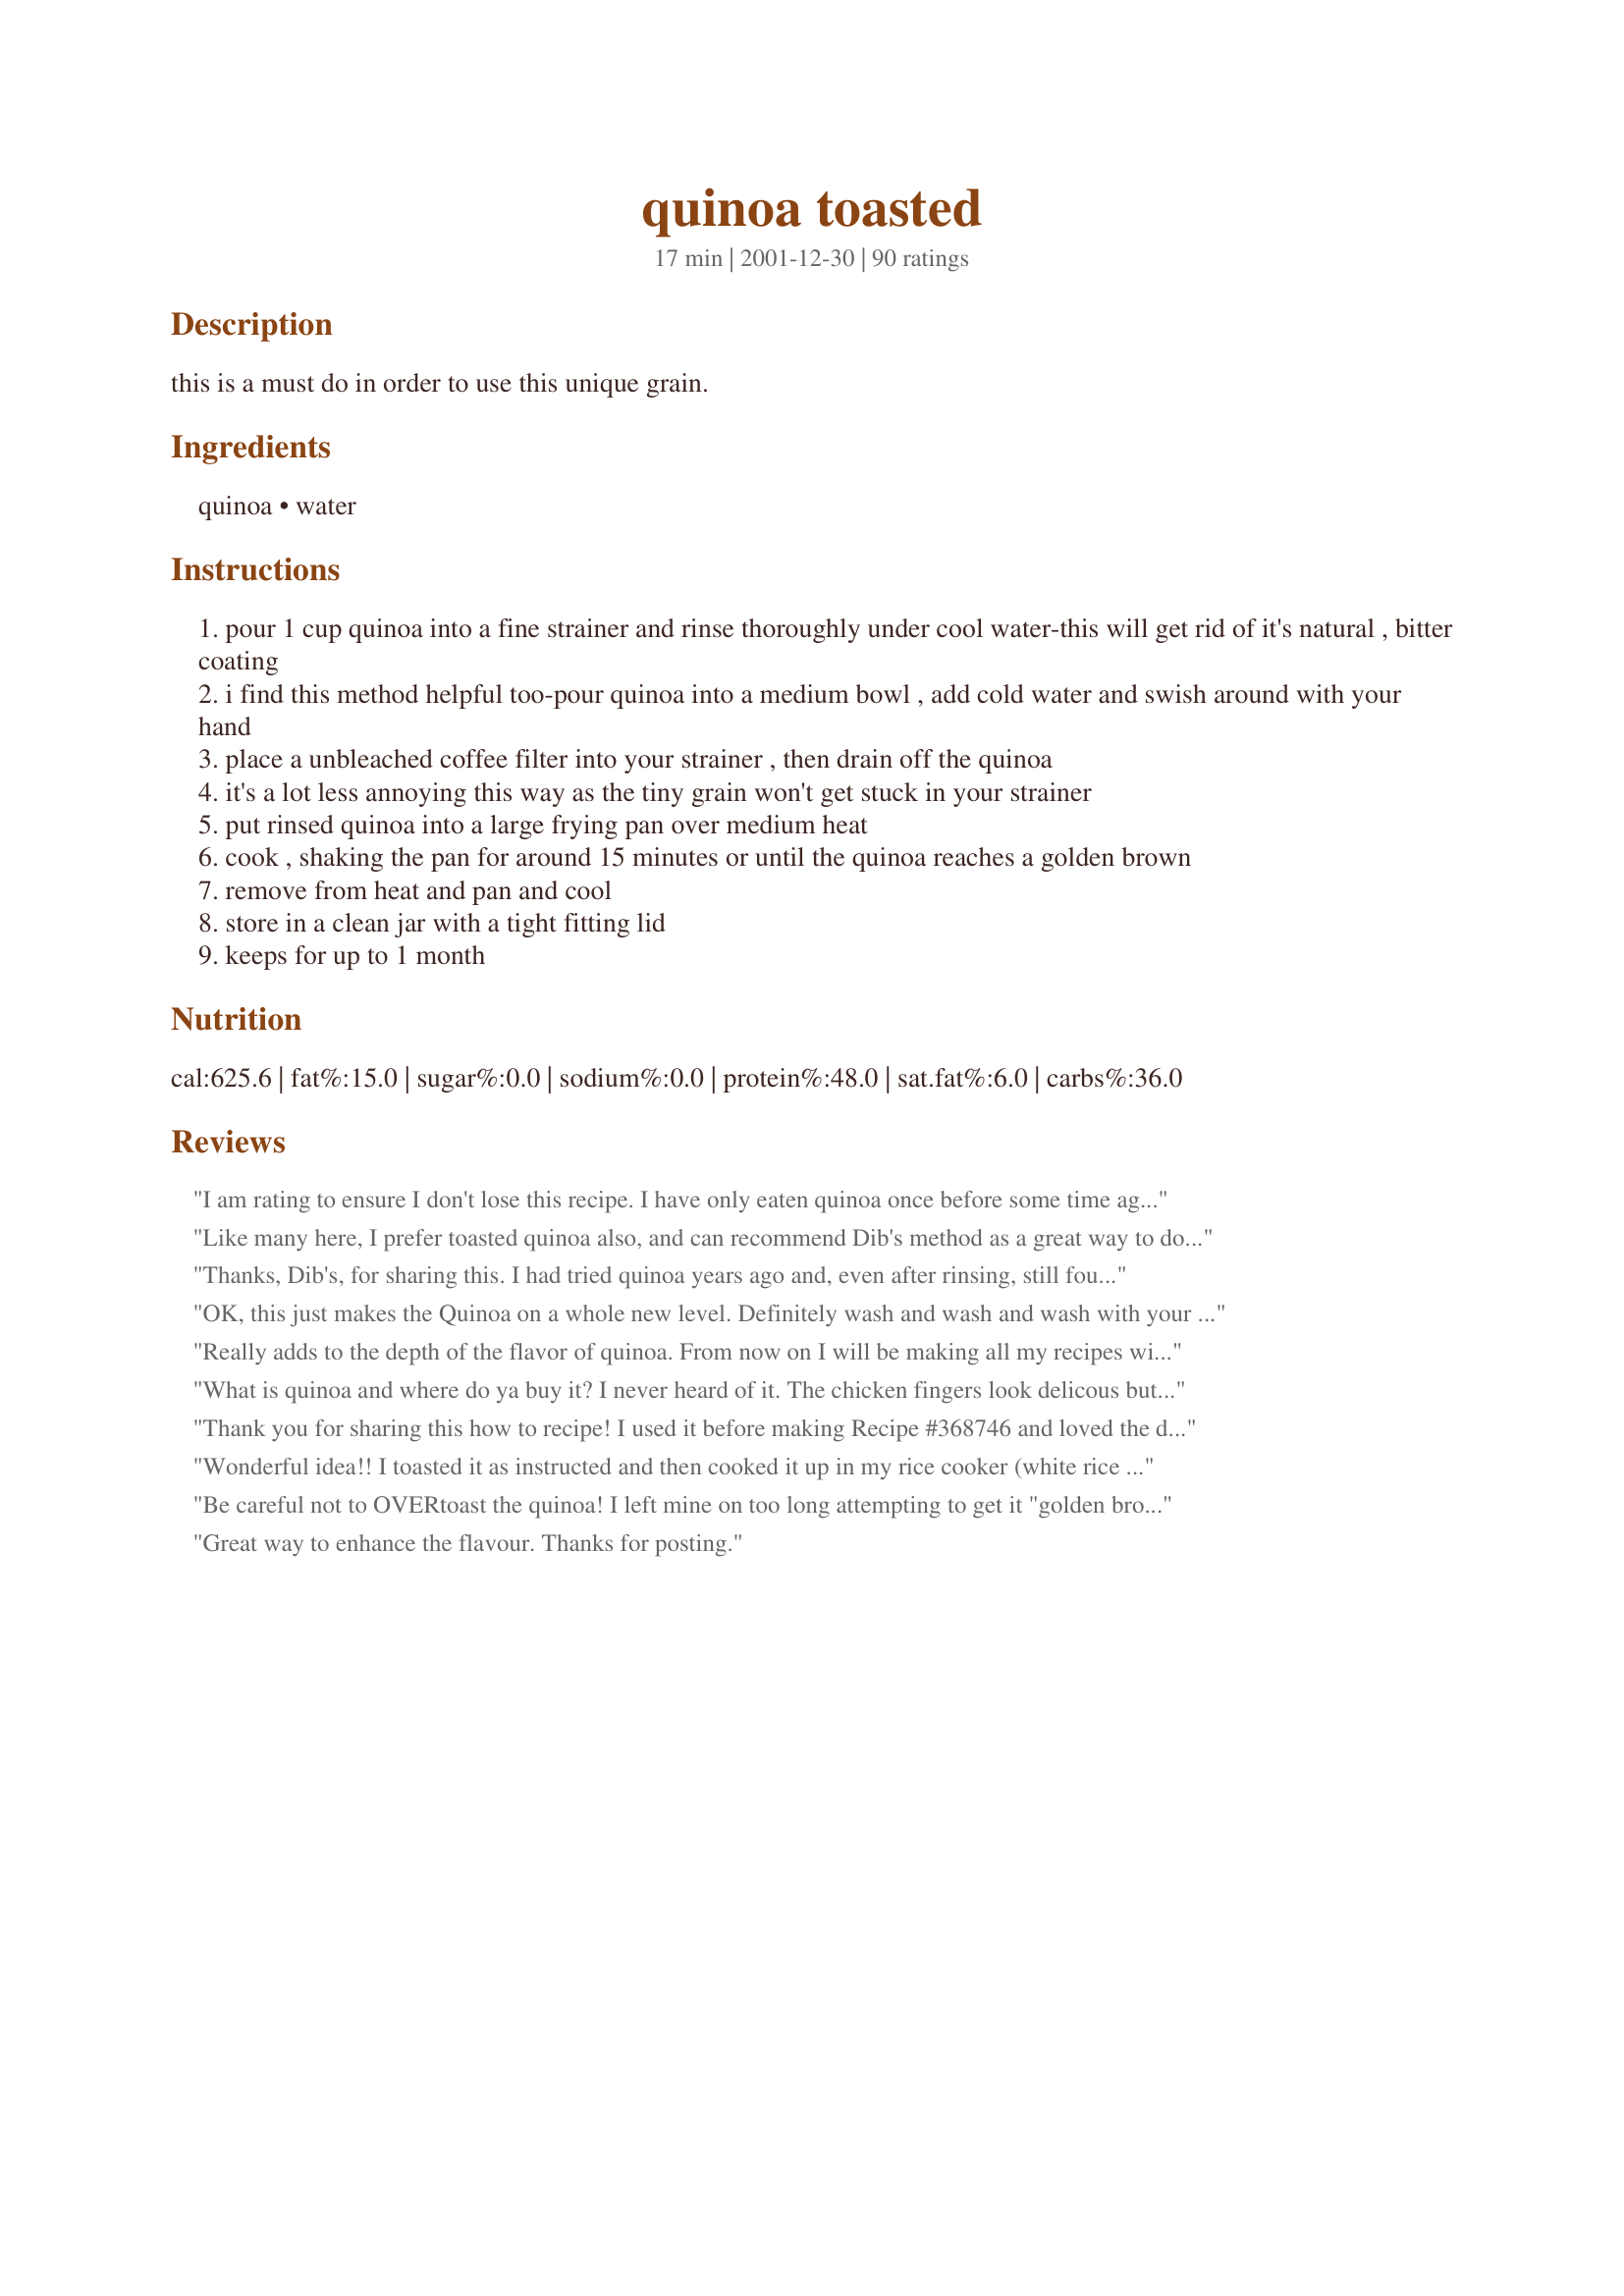
quinoa toasted
Preparation time: 17 minutes

this is a must do in order to use this unique grain.

Ingredients:
quinoa, water

Steps:
pour 1 cup quinoa into a fine strainer and rinse thoroughly under cool water-this will get rid of it's natural , bitter coating
i find this method helpful too-pour quinoa into a medium bowl , add cold water and swish around with your hand
place a unbleached coffee filter into your strainer , then drain off the quinoa
it's a lot less annoying this way as the tiny grain won't get stuck in your strainer
put rinsed quinoa into a large frying pan over medium heat
cook , shaking the pan for around 15 minutes or until the quinoa reaches a golden brown
remove from heat and pan and cool
store in a clean jar with a tight fitting lid
keeps for up to 1 month

Reviews:
I am rating to ensure I don't lose this recipe. I have only eaten quinoa once before some time ago but I do think I recall a bitterness. Will be cooking this up for a cheesey bite recipe that is cooked up in muffin tin
Like many here, I prefer toasted quinoa also, and can recommend Dib's method as a great way to do it, also. What I MOST appreciate about this recipe post, though, is the coffee filter tip for a fuss-free way to strain washed/rinsed quinoa! Reading that was a head-thumping &quot;Duh!, how did that never occur to me?&quot; moment! I don't happen to use that type of filter for making coffee, but have bought them to put in the bottom of pots when planting flowers to help keep the soil neatly in pots while allowing excess water to drain. Sometimes the obvious can become quite elusive. I've already purchased more coffee filters to use for quinoa, and will waste not a second more searching for an ideal, fine-mesh quinoa strainer, since a coffee filter will perfectly transform one I already have to work well for that purpose. Thanks so much for that wonderful tip!!! I'm sure that solution would have continued to elude me, had I not happened upon it in your post!
Thanks, Dib's, for sharing this. I had tried quinoa years ago and, even after rinsing, still found it to bitter for us to really 'like' and implement into our diet. I wanted to use some of this ancient grain in Zaar World Tour 7, and remembered I'd seen this technique, so I rinsed and then toasted the grain, as per your instructions. Well, it's made all the difference in the world! I made 2 different salads today using the toasted grain and they were both so well-received by my family. Thank you for making this more accessible to us. :-)
OK, this just makes the Quinoa on a whole new level. Definitely wash and wash and wash with your hands in a sieve rubbing it between your fingers to remove any bitter coating. I will always use my quinoa toasted from now on.
Really adds to the depth of the flavor of quinoa. From now on I will be making all my recipes with toasted quinoa.
What is quinoa and where do ya buy it? I never heard of it. The chicken fingers look delicous but I don't know what the stuff is and where I can buy it.
Thank you for sharing this how to recipe! I used it before making Recipe #368746 and loved the difference to the quinoa.
Wonderful idea!! I toasted it as instructed and then cooked it up in my rice cooker (white rice setting) and it was the best quinoa I've ever made. Thanks so much for the great tip!
Be careful not to OVERtoast the quinoa! I left mine on too long attempting to get it "golden brown" and it tasted like burned nuts. LOL. I'll be more careful next time! Thanks for sharing! :)
Great way to enhance the flavour. Thanks for posting.
I have used this toasting method twice now, both times with great success in salad recipes. I even love the taste of the crunchy just-popped grains, and am thinking that these might be good simply sprinkled on food for crunch.
I can't give this any stars (as I haven't tried it yet), but I noticed from a lot of the reviews that people were getting a bitter taste by cooking their quinoa without this method...? I wanted to mention that I buy Bob's Red Mill organic whole grain quinoa at Costco, and it says right on the package that it has been "thoroughly rinsed and air dried to remove the bitter saponins, so it can be used without rinsing". I was at Sam's Club the other day too, and I checked a bag of quinoa they sell there (also organic), and it said it had been rinsed as well. I don't rinse before I cook my Bob's RM, and it always tastes great. Maybe it's just the organic ones that rinse it first before selling it in stores. I don't know. Regardless, I do still plan to try your method of toasting, to add another depth of flavor to the quinoa. UPDATE 12/7/10: I was looking for a way to jazz up my quinoa, and I came back across this recipe/method. WOW, does it ever change the texture and flavor for the better! My quinoa started to smell like, hmm... popcorn-y almost, and I was worried I overtoasted it, but it came out really good. I was seriously thinking of finding random recipes to just use up my quinoa and just buy whole grain couscous after that, but this method has pulled me back in! I can definitely say I am a quinoa fan, and I will be using this method again and again. Thank you for posting it!
Genius! Really brings out the flavor.
This worked well. It's my first time making quinoa. I did this in preparation for recipe #121064. I don't think that I rinsed it enough, I MIGHT taste a bit of bitterness, but then again, I have a feeling it's all in my head. :-) Next time I will rinse even longer and see if I taste a hint or not. Thanks for the instructions!!
Here's another person not knowing you were to rinse quinoa. DH loves the stuff I don't really care for it, rinsed or not. This was so easy to do. Thanks DiB's for giving out this information to all us uninformed cooks. :)
This was my first time making quinoa. Even though the bag said it was already pre-rinsed, I rinsed it anyway. Toasting it really made a difference. The nutty flavor and healthy nature of this grain is going to give me an incentive to cook it again and again. I made pilaf with this batch but can&#039;t wait to be creative and use it in other recipes. Thanks so much for posting.
Great, simple idea--it works for rice and pasta, this too.
Thank you for saving my "never going to eat it again" frame of mind. I did this and OMG it was DA BOMB. My kids ate it-and liked it! and so did my husband. I never thought I would see the day. Thank you Thank you Thank you!
Thanks for sharing - I toast my orzo before cooking it too. I liked this technique on the quinoa as well, giving it that little extra nutty flavor.
This is a must do everytime for quinoa.
I love Quinoa, but never thought to toast it. One suggestion though. When you are rinsing the quinoa, save the rinse water. Pour it into a spray bottle and you have an organic liquid that repells insects. Use it on your vegetable plants. I wouldn't recommend using it on culinary herbs though as it could affect the taste. The coating of the quinoa, saponin, a resin-like substance is extremely bitter and forms a soapy solution in water.
I prepared and tried quinoa for the first time today, and am grateful that I found these instructions on how to toast it before cooking it. I don't know how quinoa tastes when it is not toasted, but I found it delicious and full of a nut-like flavour after being toasted and cooked. Thank you!
Easy peasy. Adds lots of flavor. I also used this before making Recipe#368746. Thanks DiB's for sharing.
Love the nutty aroma this has when toasting. Thanks for posting!
I used cheesecloth to rinse the quinoa and only needed about 10 mins to toast it. After cooking, it tasted just like how I had it abroad! Thanks!
I will use this method from now on when I make quinoa. I used it for Recipe #336900.
WOW!! :) Really does make all the difference in the world. Has such a beautiful flavor without the bitterness. I'm now in love with this grain and even my kids love it! Thanks for sharing, this is absolutely 5 STAR's!!!
Gives quinoa great depth of flavor and takes away any bitterness. It smells great while its toasting...
the best! you'll swear you added butter or chicken broth because the flavor is so rich and complex.... it should be noted that to cook the quinoa you should use two cups water to one cup quinoa. add salt to the boiling water. simmer with lid on for twenty minutes. remove lid and remove from heat, let cool for five minutes. could not be more simple or delicious!
I'm going to rate this later. Just wanted to thank you for posting this. I just tried quinoa last night for the first time. Using quinoa in place of rice as I'm told it's a protein not a carb. A friend told me to just wash, put in rice cooker with 1:2 ratio with water. It had a rather strong smell (compared to rice) so it's going to take getting use to. I hope toasting it will help. Thank you again.
Very easy and turned out great! Thanks for posting.
I'm still introducing myself to cooking with quinoa....so far we are enjoying it much more than the empty carbs of plain white rice! Toasting it really does add a nice flavor. Thanks!!
Used the recipe for Recipe#103775#103775. I did followed the instructions completely and the recipe turned out wonderful. Thank you.
Great idea! Made for a wonderful flavor. Thanks for posting.
I was putting together my 'Best of 2010' and realized I never got around to rating this. Well, just another 5* review here to add to the pot. I always do this with my quinoa now and thank you for turning me on to the method! I guess this will be in best of 2011 now. :)
Fantastic! Do not know why I never reviewed this before as I have been toasting my quinoa every since I came across this recipe about a year ago. Toasting the quinoa improves both the flavor and texture so much. All I can say is thank you, thank you, thank you.
Great technique. I plan to use it more often. The difference in taste is definitely noticeable.
I've already made quinoa without this method and this way it's even better. Thanks Dib's :) Made for Healthy Tag
This makes a HUGE difference...I now understand why quinoa I made at home tasted like bird seed and I loved it in restaurants and when someone else prepared it. You can smell and see when it's done toasting...mmm.
This is an excellent way to remember how to get your quinoa ready to use. Especially the washing it part. It's nasty if you don't. Toasting it makes it even better. Thanks for posting this.
Gives a lovely nutty taste to the quinoa..thanks for the idea!
Absolutely THE way to use quinoa! Wash, wash, wash and then toast and perfection!! I will toast my quinoa from now on!!
I tried this and it really did make a difference! I agree with the rater who said it starts to smell like popcorn when it's getting nice and toasty!! Thanks for posting--I'm just starting to make recipes with Quinoa....which I still can't stop thinking is quin-oh-ah instead of keen-wa (the proper pronunciation)!!
Perfect. This recipe was super easy to follow. First time I tried quinoa, I didn't like it. But I didn't know about this recipe then. So I thought I would give it another go. I used the toasted quinoa in Recipe #4056. It is LOVELY. The quinoa doesn't taste bitter at all. Thank you for posting this! I can finally enjoy quinoa!
That was fun! I rinsed the quinoa and toasted for exactly 15 minutes. I&#039;m loving the taosty smell and hope that this will take me from a Quinoa &#039;meh&#039; to an &#039;OH BOY QUINOA!&#039; Made for Culinary Quest 2014
What a great, ingenious idea! Thanks so much for sharing, my first experience with quinoa has been heavenly!
This makes all the difference in the world! Thanks for posting!
I buy my quinoa at Costco, I&#039;ve never rinsed it because it says on the package that it&#039;s already been done, I&#039;ve never had a problem with it tasting bitter. This was, however, my first time toasting it, and I was really pleased. It tastes wonderful! BTW, I cooked the quinoa in my homemade chicken broth for extra flavor. This is the way I will make it from now on. Very good! Thank you!
I have never made Quinoa before. I followed your toastng instructions and then a fruited recipe from a Cooking Light book. It was sooo good! I can't belive I've been missing out on such a good for you food. Thanks for sharing your tips!
omg THANK YOU for posting this. i've been wanting to add quinoa to my diet because it's so good for you-but i could never get past the bland, yet bitter, flavor. the rinsing and toasting makes it DELICIOUS! i will be making this very often now, in place of rice, bulgar and couscous! :)
awesome! I will never use quinoa that hasn't been toasted again! Really livens up the flavors! Thanks for sharing this method!
I am a quinoa novice and was thrilled to try this new cooking method. It was quick and easy and problem free.
I used this recipe to make WicklewoodWench's recipe #447113 and it was fantastic. It made the grain nutty and so flavorful. I was amused while I was toasting the grains that they started "popping" like popcorn, although on a much smaller scale. I have cooked with unrinsed/untoasted quinoa, and while it was not bitter it had a sort of "healthy" taste to it. Eating quinoa after it has been toasted does *not* make me think "I'm eating health food", and that, my friends, is a very good thing. Thanks Dib!
This made such a difference in the taste!
Emphasis on using a FINE strainer! I have quinoa all over my kitchen!
Since my strainer turned out to be not so fine I put the quinoa in a large bowl with water, swooshed it around awhile and then strained it with a plate.
I've neve used Quinoa before but wanted to give it a try and sure glad I found this before I tried it, The hardest part for me was just draining the water off as I didn't have a fine enough strainer, the toasting went fine though I worried about over or under toasting. Used it to make a Spanish Quinoa and it tasted great and was DH approved so it most have worked. Now that I've tried this will have to use this wholesome grain in a lot more ways. Thanks for the information.
After reading so much about the health benefits, I wanted to try this new "grain" and am very glad I found this prep recipe. The reviews of this recipe were helpful for me to see how important the extra rinsing would be prior to the toasting. This is a solid, basic recipe, will make again.
Fantastic, beautiful quinoa. Thanks.
Great method for washing and toasting quinoa ahead of time, and so convenient since it's ready to use when you're ready to cook. Next time I'll make at least 4 cups. Thanks for sharing!
Thanks for posting this "prep" recipe. I recently tried quinoa for the first time and while I love so many other grains, I thought the quinoa was awful. I realize now that it was the bitterness you describe and am looking forward to trying it again. I will come back and rate the prep recipe after I try quinoa again. Thanks so much for posting!!!
Love this method - I have never had bitter quinoa but I have never had it taste like this either!<br/>Yummmmmmy
Thanks for posting this, it really enhances the flavor of the quinoa.
Here&#039;s to a healthy New Year! I&#039;m weaning off the calorie laden holiday food fest .
I have been eating quinoa for years, but never heard of toasting it! Now that I have heard, I almost feel silly not having thought it myself! OF COURSE it tastes better toasted!Nutty, browned and delicious. I won't be able to eat it any other way now.
my quinoa doesn't need to be rinsed but i did anyway just in case the toasting wouldn't work. i noticed the temp was too high and it ended up sticking. i had to nurse it the whole time. i lowered the temp to low and it seemed to be ok. i did notice less bitterness and it seemed to taste better. i'll be doing this again.
This is absolutely perfect! I forgot to toast the quinoa just 1 time, and everybody noticed the difference. Always use this every single time now. Thanks so much for posting it.
I have never purchased or ate Quinoa before. I followed this recipe to a T. My son and I both loved it. I think I am going to try this sprinkled on things! No bitter taste at all!
I never read anywhere to toast quinoa. I tried it and the flavor really changed for the better. Thanks for this wonderful tip!
I have never tried quinoa before so I purchased some to give a try. On the box it gave the cooking directions never mentioning washing first. I put a little butter on after it was done and YUUUUK!! I reread the box thinking "this is supposed to be good??" and found down in one corner it stated that it had been prewashed. After a short while I started getting quite sick. I then looked here on Zaar as to what to do with this stuff and found your very wise post. I also did a search on the net and found that you can also soak and rinse a few hours and repeat rinsing. It also stated that the saponin on the grain is mildly toxic! No wonder I got sick. I tried it again as you posted , with rinsing REALLY good. What a difference!! Rinse, rinse, rinse.
This completely changed my perspective on quinoa! Simple, but amazing how it changes the grain for the better! Thank you!
This was my first attempt at making Quinoa. Toasting seemed like extra effort, but it was well worth it. As another reviewer stated, it really does taste like you used stock and some butter. I tried this first and then made it without toasting - no comparison. The flavor is much more developed here!
Thanks for posting!! I used my cast iron pan and used red quinoa. It was great! Thanks Dib&#039;s!
Tonight is the first time I am making quinoa and I am so happy to have found this recipe. I love the aroma of the grains toasting. This is gonna be awesome in recipe#236985. I cannot wait to dig in! Thanks Dib's, once again you ROCK!
Great tip! I love how the roasting brings out the nutty taste of the quinoa. It is easy to do and improves the taste so much. Will do this for now on! Thank you for posting this!
Wish I had this when I first tried quinoa. I threw it out then. This prep made all the difference. I finally could see why people were eating this stuff. I also used this prep version in recipe #170085-Garlic Quinoa. Thanks for opening anew door in grains for me.
Hi Dib's

Thanks for this hint. I had been wanting to use quinoa for a few years and finally took the plunge. But not before I saw this. I toasted it, though afraid I would burn some. Really had to keep an eye on it. didn't actually get around to using the toasted grain for a couple of weeks. It kept great in an airtight container in the cupboard just fine. Watch Out! though this explodes in volume :). I was making a pilaf and my added goodies got lost in the volume of quinoa. Tasted great wonderful, though.
Thanks
Judy in WA
This was a great recommendation! I found it easier to get a very steep pan/glass to rinse the quinoa in. When I tried to just rinse them in my strainer, they were so buoyant they just kind of flew out of the strainer. The results were perfect and they have a wonderfully nutty flavor and smell. I will be doing this every time!! Thanks
Make sure you rinse under COLD running water for a minimum of 10 minutes. Super for chili, pilafs, salads.
I'm so glad that I came across this before making quinoa for the first time! I had no idea that it was essential to toast to get rid of the bitter taste, and if I hadn't done this, who knows, I may not have fallen in love with this grain :) Thanks so much for posting!
Excellent! My first time to try quinoa and this method worked fabulously. Not a hint of bitterness and a very easy process. Thanks for sharing!
I haven't had quinoa without toasting it as I found this recipe the first time I ever tried the grain. I love the nutty flavor that toasting brings out in the dishes that I've made.
dibs... I used your technique to make Debbwls Recipe #415970 and then went on to use it to make my Recipe #518104. Fabulous way to get the most out of your quinoa! Thank you for sharing this. Made for Culinary Quest 2014 / Suitcase Gourmets.
I have bought and toasted my first quinoa! I haven't used it yet.. a treat for later this week .. but I've done the ground work! I took the advice of Deborahrah, and used the rinse water on my roses, good to feel that I have had the utmost value for my money, ha ha!

Thank you for all the great tips, and guidance, Zaarians!
Truly amazing how much difference this one simple step can make!
I'm so sorry, I can't believe I haven't reviewed this recipe yet, considering I am always recommending it...Thank you soooo much for posting
This was my first time using quinoa. I'm glad I found this; it would have been terrible to not know I should rinse it before preparing, and then end up with a nasty, bitter dish. Thank you for this!
This really improves the taste. Good to know!
This was easy and came out really tasty. Made Garlic Quinoa with it 170085. I really think the toasty flavor came through.
This changed the flavor profile of quinoa for my husband. He didn't like it the first time I made it then I toasted it the next time and now he loves it. Gives it a nutty flavor.
Whoever thought of toasting quinoa is a genius and Dib&#039;s also a genius to posting this recipe. I have been eating quinoa for years without toasting, but toasting it makes it nutty and rich and extra delicious. Thanks
